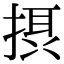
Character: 摂